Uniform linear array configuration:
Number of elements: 32
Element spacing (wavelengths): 0.5
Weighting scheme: uniform
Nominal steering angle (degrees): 30
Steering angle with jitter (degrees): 30.215
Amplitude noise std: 0.05
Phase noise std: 0.05

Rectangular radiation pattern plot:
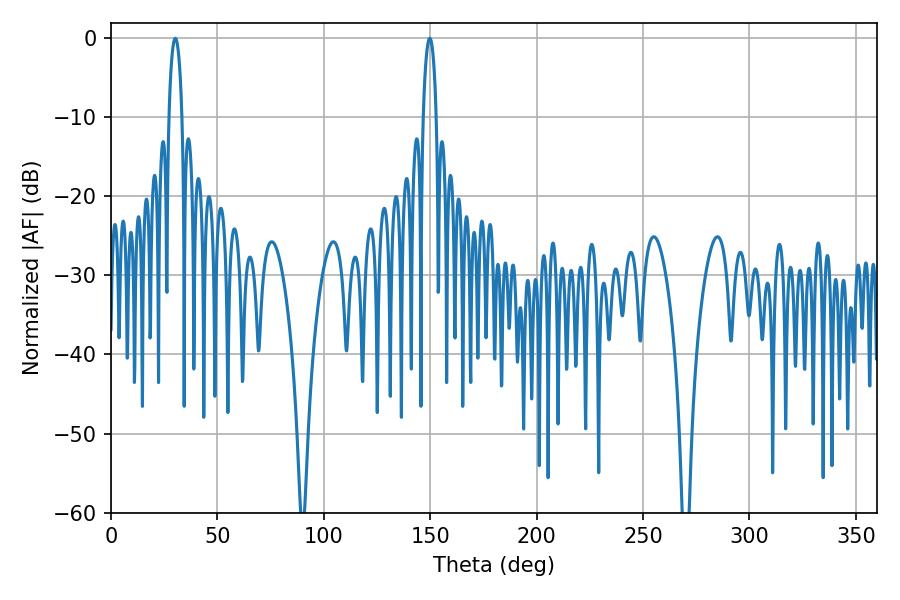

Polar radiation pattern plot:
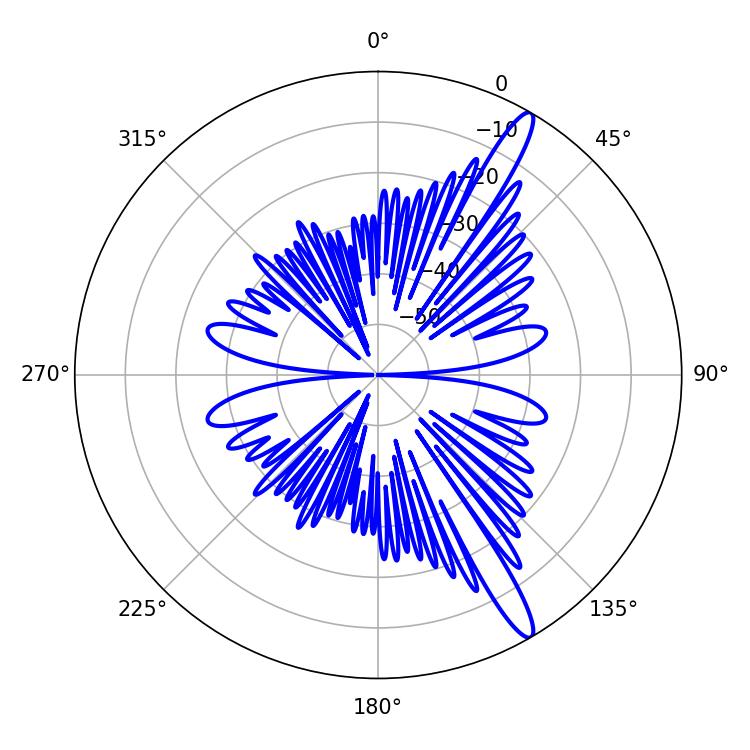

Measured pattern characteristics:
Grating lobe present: FALSE
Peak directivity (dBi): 14.468
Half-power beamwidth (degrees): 3.6
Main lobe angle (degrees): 30.24